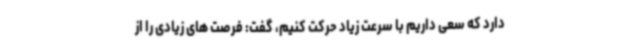
دارد که سعی داریم با سرعت زیاد حرکت کنیم، گفت: فرصت های زیادی را از